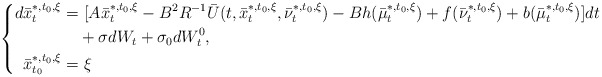
\begin{align*}\left\{\begin{aligned}d\bar x_t^{*,t_0,\xi}=&~[A\bar x_t^{*,t_0,\xi}-B^2R^{-1}\bar U(t,\bar x_t^{*,t_0,\xi},\bar \nu_t^{*,t_0,\xi})-Bh(\bar \mu_t^{*,t_0,\xi})+f(\bar\nu_t^{*,t_0,\xi})+b(\bar\mu_t^{*,t_0,\xi})]dt\\&+\sigma dW_t+\sigma_0dW^0_t,\\\bar x_{t_0}^{*,t_0,\xi}=&~\xi\end{aligned}\right.\end{align*}